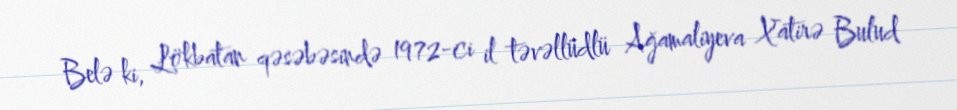
Belə ki, Lökbatan qəsəbəsində 1972-ci il təvəllüdlü Ağamaliyeva Xatirə Bulud